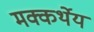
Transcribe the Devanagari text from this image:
मक्कर्थेय